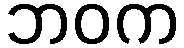
ဘဝက